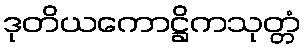
ဒုတိယကောဋ္ဌိကသုတ္တံ